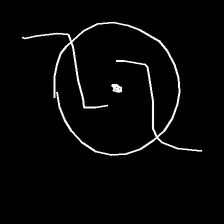
Glyph: repetition